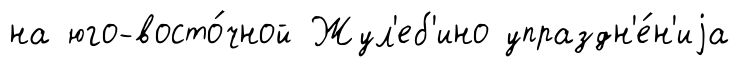
на юго-восто́чной Жул'еб'ино упраздн'е́н'иjа